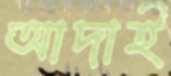
আদাই